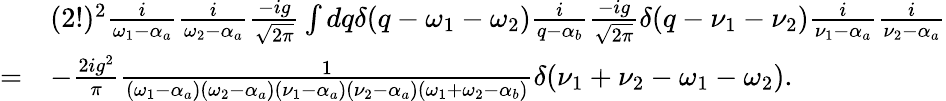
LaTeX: \begin{array}{rl}&{(2!)^{2}\frac{i}{\omega_{1}-\alpha_{a}}\frac{i}{\omega_{2}-\alpha_{a}}\frac{-ig}{\sqrt{2\pi}}\int dq\delta(q-\omega_{1}-\omega_{2})\frac{i}{q-\alpha_{b}}\frac{-ig}{\sqrt{2\pi}}\delta(q-\nu_{1}-\nu_{2})\frac{i}{\nu_{1}-\alpha_{a}}\frac{i}{\nu_{2}-\alpha_{a}}}\\ {=}&{-\frac{2ig^{2}}{\pi}\frac{1}{(\omega_{1}-\alpha_{a})(\omega_{2}-\alpha_{a})(\nu_{1}-\alpha_{a})(\nu_{2}-\alpha_{a})(\omega_{1}+\omega_{2}-\alpha_{b})}\delta(\nu_{1}+\nu_{2}-\omega_{1}-\omega_{2}).}\end{array}